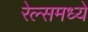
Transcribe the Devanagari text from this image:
रेल्समध्ये